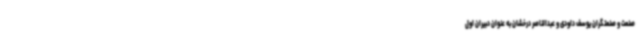
صنعت و صنعتگران یوسف داودی و عبدالناصر درخشان به عنوان دبیران اول